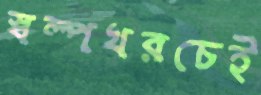
স্বল্পখরচেই